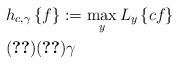
LaTeX: \begin{align*} & h_{c,\gamma}\left\lbrace f \right\rbrace := \max_{y} L_{y}\left\lbrace cf \right\rbrace \\ & \eqref{eq:msosr_Pmin}\eqref{eq:msosr_y0} \gamma\end{align*}